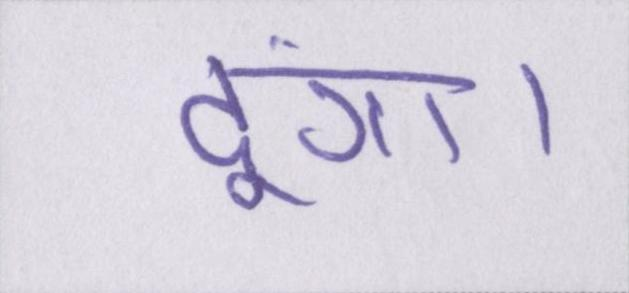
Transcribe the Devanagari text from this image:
दूंगा।